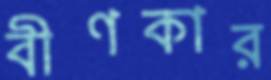
বীণকার